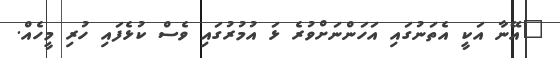
"އޭނާ އަކީ އެތަނުގައި އަހަންނަށްވުރެ ޅަ އުމުރުގައި ވެސް ކުޅެފައި ހުރި މީހެއް.